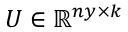
U \in \mathbb { R } ^ { n y \times k }